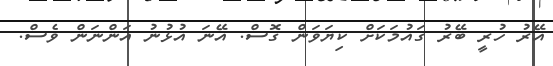
އޭރު ހުރީ ބޭރު ގައުމަކަށް ކިޔަވަން ގޮސް. އޭނަ އުޅުނު އަންނަން ވެސް.